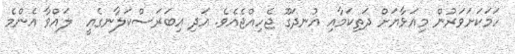
ހަމަކަށަވަރުން މިއަޅާޔަށް ދަތިކަމާއި އުނދަގޫ ޖެހިއްޖެއެވެ. އަދި އިބަރަސްކަލާނގެއީ  ލައްވާ އެންމެ